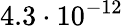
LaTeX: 4.3\cdot 10^{-12}